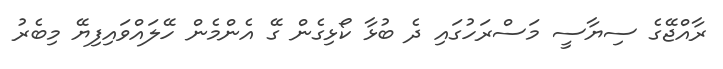
ރާއްޖޭގެ ސިޔާސީ މަސްރަހުގައި ދެ ބުޅާ ކޯޅިގެން ގޭ އެންމެން ހޭލައްވައިފިޔޭ މިބެރު